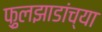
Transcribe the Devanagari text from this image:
फ़ुलझाडांच्या